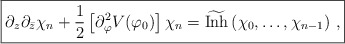
\begin{align*}\fbox{$\displaystyle\partial_z\partial_{\bar{z}}\chi_n+\frac{1}{2}\left[\partial_{\varphi}^2V(\varphi_0)\right]\chi_n=\widetilde{\mbox{Inh}}\left(\chi_0,\ldots, \chi_{n-1}\right)\,,$}\end{align*}